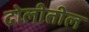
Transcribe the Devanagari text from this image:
ढोलीतील